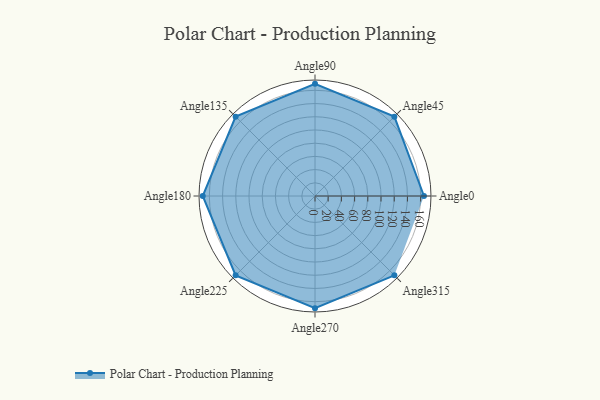
{"axis": {"x": "Angle", "y": "Radius"}, "legend": [""], "data": [{"x": "Angle0", "y": 165.0, "type": ""}, {"x": "Angle45", "y": 170, "type": ""}, {"x": "Angle90", "y": 170, "type": ""}, {"x": "Angle135", "y": 170, "type": ""}, {"x": "Angle180", "y": 170.0, "type": ""}, {"x": "Angle225", "y": 170, "type": ""}, {"x": "Angle270", "y": 170, "type": ""}, {"x": "Angle315", "y": 170, "type": ""}]}